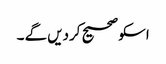
اسکو صحیح کردیں گے ۔